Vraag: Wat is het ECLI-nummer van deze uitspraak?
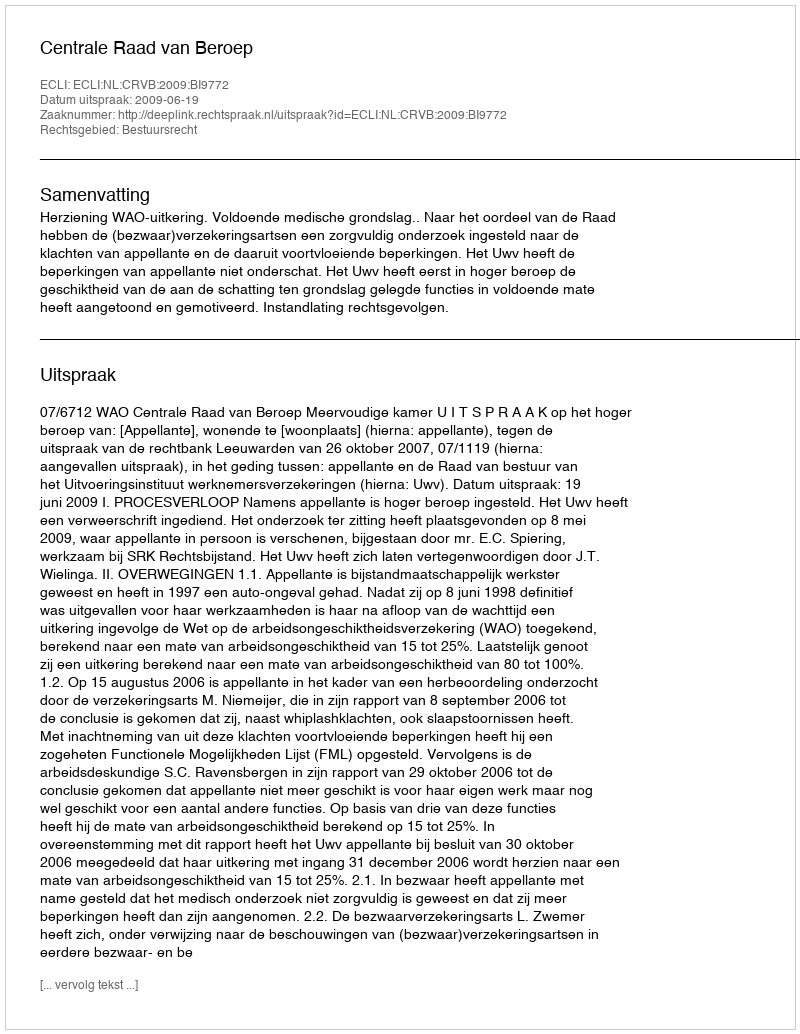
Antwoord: ECLI:NL:CRVB:2009:BI9772